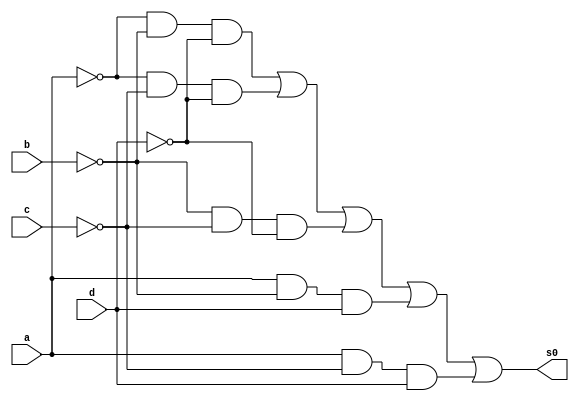
               // ---------------------
//  GUIA 08-Exercicio 02
//  CELSO R FRANA JR 404590 
// ---------------------

// ---------------------
// -- Circuito
// ---------------------
module circuito (s0, a, b, c, d);

 output s0;
 input a, b, c, d;

 not NOT1 (r1,a);
 not NOT2 (r2,b);
 not NOT3 (r3,c);
 not NOT4 (r4,d);

 and AND1 (s1, r1,r2,r4);
 and AND2 (s2, r1,r3,r4);
 and AND3 (s3, r2, r3, r4);
 and AND4 (s4, a, r2,d);
 and AND5 (s5,a,r3,d);

 or OR1 (s0, s1,s2,s3,s4,s5);

endmodule

// ---------------------
// -- Teste Circuito ---
// ---------------------
module testeCircuito( );

reg a, b,c,d;
wire s0;

circuito C1(s0, a, b, c, d);

  initial begin:start
   a = 0; b=0; c=0; d=0;

  end

  initial begin: main
 
   $display("Exercicio 02");
   $display("Celso R Franca Jr - 404590");
   $display("\n     Circuito 02\n");
   $monitor("  Entrada:  [a=%b  b=%b  c=%b  d=%b]   |   Saida:[%b]", a, b, c, d, s0);

        #1 a = 0; b=0; c=0; d=1;
        #1 a = 0; b=0; c=1; d=0;
        #1 a = 0; b=0; c=1; d=1;
        #1 a = 0; b=1; c=0; d=0;
        #1 a = 0; b=1; c=0; d=1;
        #1 a = 0; b=1; c=1; d=0;
        #1 a = 0; b=1; c=1; d=1;
        #1 a = 1; b=0; c=0; d=0;
        #1 a = 1; b=0; c=0; d=1;
        #1 a = 1; b=0; c=1; d=0;
        #1 a = 1; b=0; c=1; d=1;
        #1 a = 1; b=1; c=0; d=0;
        #1 a = 1; b=1; c=0; d=1;
        #1 a = 1; b=1; c=1; d=0;
        #1 a = 1; b=1; c=1; d=1;

  end
endmodule